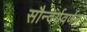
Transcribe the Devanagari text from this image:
सौन्दर्यवर्णन